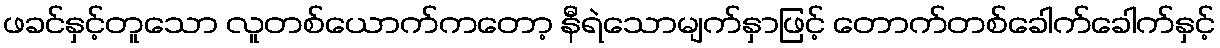
ဖခင်နှင့်တူသော လူတစ်ယောက်ကတော့ နီရဲသောမျက်နှာဖြင့် တောက်တစ်ခေါက်ခေါက်နှင့်